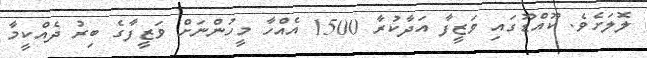
ލޮލަށެވެ. ކޫއްޑޫގައި ވަޒީފާ އަދާކުރާ 1500 އެއްހާ މީހުންނަށް ވަޒީފާގެ ބިރު ދެއްކީމާ